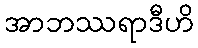
အာဘဿရာဒီဟိ